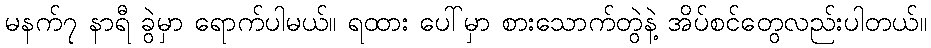
မနက်၇ နာရီ ခွဲမှာ ရောက်ပါမယ်။ ရထား ပေါ်မှာ စားသောက်တွဲနဲ့ အိပ်စင်တွေလည်းပါတယ်။